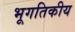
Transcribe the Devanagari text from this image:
भूगतिकीय